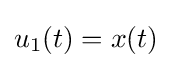
u_{1}(t)=x(t)